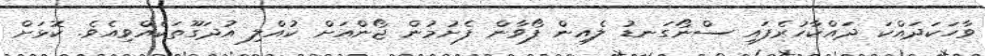
ވާހަކަދައްކަ ދައްކާހުރެފައި ސްނޯގަނޑު ލެއިން ފޯވާން ފެށުމުން ޖޯންއަށް ކުއްލި އުދަގޫތަކެއްވިއެވެ. ކޮޅަށް